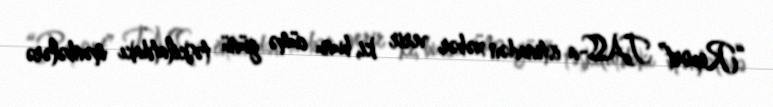
“Report” TASS-a istinadən xəbər verir ki, bunu cümə günü təşkilatdakı mənbələrə